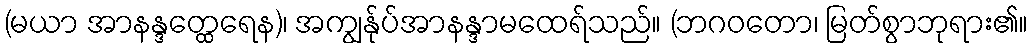
(မယာ အာနန္ဒတ္ထေရေန)၊ အကျွန်ုပ်အာနန္ဒာမထေရ်သည်။ (ဘဂဝတော၊ မြတ်စွာဘုရား၏။